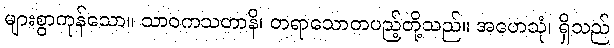
များစွာကုန်သော။ သာဝကသတာနိ၊ တရာသောတပည့်တို့သည်။ အဟေသုံ၊ ရှိသည်